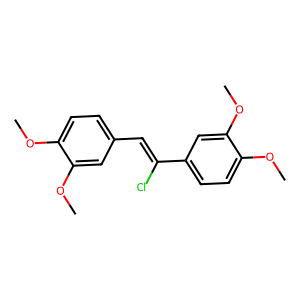
SMILES: COc1ccc(C=C(Cl)c2ccc(OC)c(OC)c2)cc1OC
Inhibits HIV replication: Yes